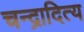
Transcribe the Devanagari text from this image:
चन्द्रादित्य